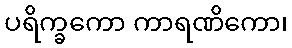
ပရိက္ခကော ကာရဏိကော၊